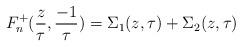
LaTeX: \begin{align*}F_n^+({z\over \tau },{-1\over \tau })=\Sigma_1(z,\tau )+\Sigma_2(z,\tau )\end{align*}